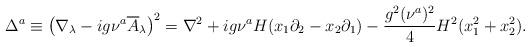
LaTeX: \begin{align*}\Delta^a \equiv\left( \nabla_{\lambda} -i g \nu^a \overline{A}_{\lambda} \right)^2=\nabla^2 +ig \nu^a H (x_1 \partial_2 - x_2 \partial_1)-{g^2 (\nu^a)^2 \over 4} H^2 (x_1^2+x_2^2) .\end{align*}